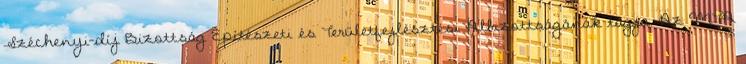
Széchenyi-díj Bizottság Építészeti és Területfejlesztési Albizottságának tagja. Az MTA